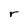
Character: r